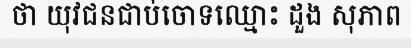
ថា យុវជនជាប់ចោទឈ្មោះ ដួង សុភាព